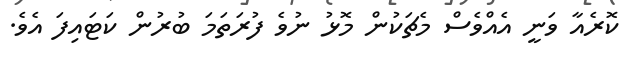
ކޮރެއާ ވަނީ އެއްވެސް މެޗަކުން މޮޅު ނުވެ ފުރަތަމަ ބުރުން ކަޓައިފަ އެވެ.